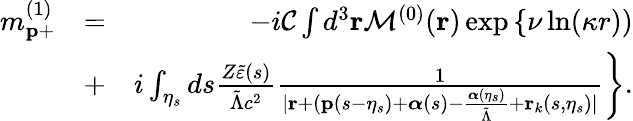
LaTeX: \begin{array}{rlr}{m_{\mathbf{p}+}^{(1)}}&{=}&{-i{\cal C}\int d^{3}\mathbf{r}{\cal M}^{(0)}(\mathbf{r})\exp\left\{ \nu\ln(\kappa r))\right.}\\ &{+}&{\left.i\int_{\eta_{s}}ds\frac{Z\tilde{\varepsilon}(s)}{\tilde{\Lambda}c^{2}}\frac{1}{|\mathbf{r}+(\mathbf{p}(s-\eta_{s})+\boldsymbol{\alpha}(s)-\frac{{\boldsymbol\alpha}(\eta_{s})}{\tilde{\Lambda}}+\mathbf{r}_{k}(s,\eta_{s})|}\right\} .}\end{array}